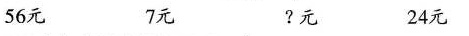
56元 7元 ?元 24元